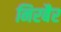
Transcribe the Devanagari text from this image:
निरबैर